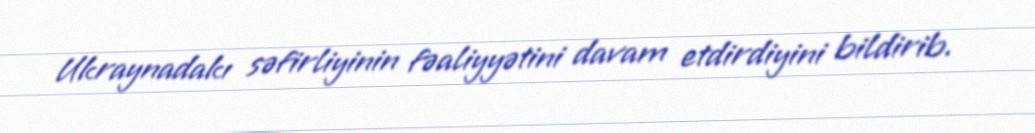
Ukraynadakı səfirliyinin fəaliyyətini davam etdirdiyini bildirib.